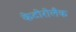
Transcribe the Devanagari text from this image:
केटोरोलैक